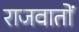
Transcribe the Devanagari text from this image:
राजवातों